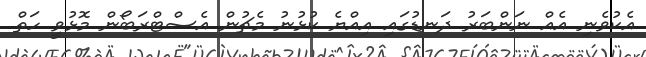
އެކުވެނި އެއް ނަންބަރު ދަނޑުގައި އިއްޔެ ކުޅުނު މެޗުން އެސްޓްރަބޯން މޮޅުވީ ހަތް